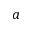
a